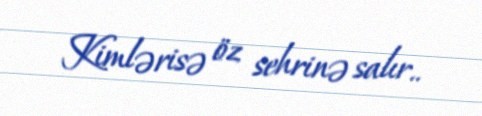
Kimlərisə öz sehrinə salır..